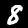
Digit: 8